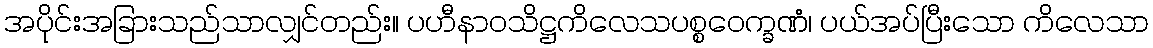
အပိုင်းအခြားသည်သာလျှင်တည်း။ ပဟီနာဝသိဋ္ဌကိလေသပစ္စဝေက္ခဏံ၊ ပယ်အပ်ပြီးသော ကိလေသာ